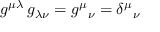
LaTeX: g ^ { \mu \lambda } \, g _ { \lambda \nu } = g ^ { \mu } { } _ { \nu } = \delta ^ { \mu } { } _ { \nu }